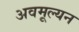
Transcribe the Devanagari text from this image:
अवमूल्‍यन